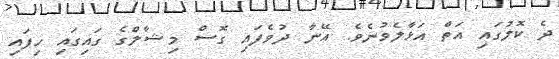
ދެ ކޮލުގައި އަތް އަޅާލެވުނެވެ. އޭނާ ދުވެފައި ގޮސް މިޝާލްގެ ގައިގައި ހިފައި